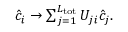
\begin{array} { r } { \hat { c } _ { i } \rightarrow \sum _ { j = 1 } ^ { { L } _ { \mathrm { t o t } } } U _ { j i } \hat { c } _ { j } . } \end{array}